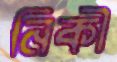
নিকী